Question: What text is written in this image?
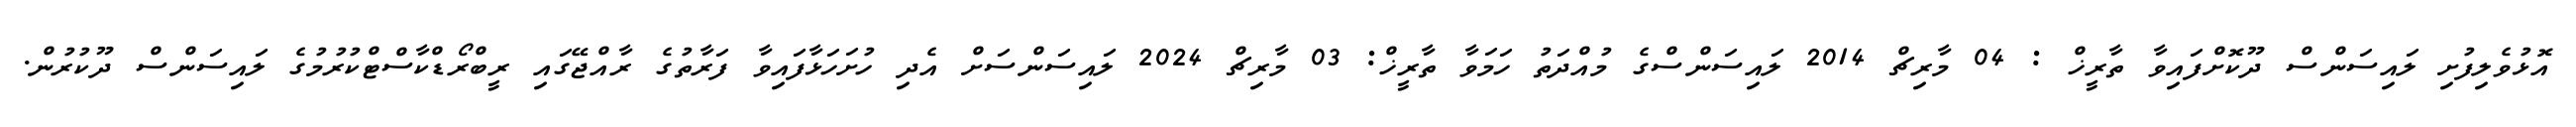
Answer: އޮޅުވެލިފުށި ލައިސަންސް ދޫކޮށްފައިވާ ތާރީޚް : 04 މާރިޗް 2014 ލައިސަންސްގެ މުއްދަތު ހަމަވާ ތާރީޚް: 03 މާރިޗް 2024 ލައިސަންސަށް އެދި ހުށަހަޅާފައިވާ ފަރާތުގެ ރާއްޖޭގައި ރީބްރޯޑްކާސްޓްކުރުމުގެ ލައިސަންސް ދޫކުރުން.